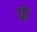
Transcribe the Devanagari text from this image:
फं